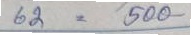
62 = 500